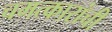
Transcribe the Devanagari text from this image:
चमत्कारांची